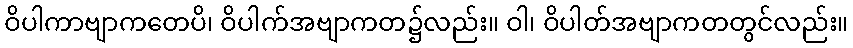
ဝိပါကာဗျာကတေပိ၊ ဝိပါက်အဗျာကတ၌လည်း။ ဝါ၊ ဝိပါတ်အဗျာကတတွင်လည်း။